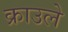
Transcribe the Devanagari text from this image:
क्राउले